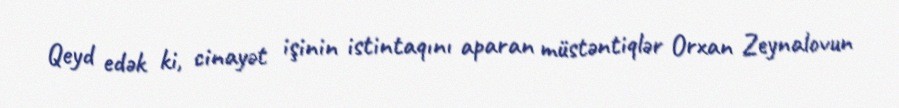
Qeyd edək ki, cinayət işinin istintaqını aparan müstəntiqlər Orxan Zeynalovun